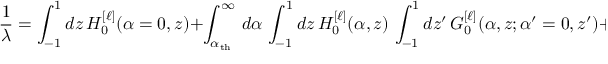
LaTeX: { \frac { 1 } { \lambda } } = \int _ { - 1 } ^ { 1 } d z \, { \cal H } _ { 0 } ^ { [ \ell ] } ( \alpha = 0 , z ) + \int _ { \alpha _ { \mathrm { t h } } } ^ { \infty } \, d \alpha \, \int _ { - 1 } ^ { 1 } d z \, { \cal H } _ { 0 } ^ { [ \ell ] } ( \alpha , z ) \, \int _ { - 1 } ^ { 1 } d z ^ { \prime } \, { \cal G } _ { 0 } ^ { [ \ell ] } ( \alpha , z ; \alpha ^ { \prime } = 0 , z ^ { \prime } ) + \cdots \; ,